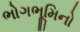
ભોગભૂમિનો